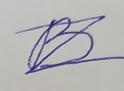
Signature authenticity: forged